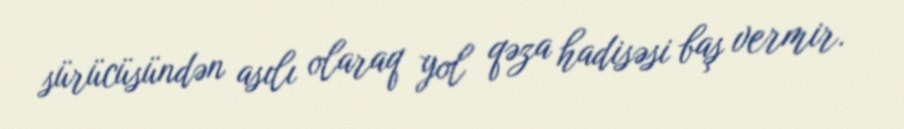
sürücüsündən asılı olaraq yol qəza hadisəsi baş vermir.